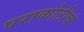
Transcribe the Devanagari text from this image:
पराकोटीचं